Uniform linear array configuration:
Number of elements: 16
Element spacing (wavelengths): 1
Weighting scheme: hamming
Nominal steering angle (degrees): -60
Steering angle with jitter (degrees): -61.047
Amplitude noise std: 0.05
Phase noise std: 0.05

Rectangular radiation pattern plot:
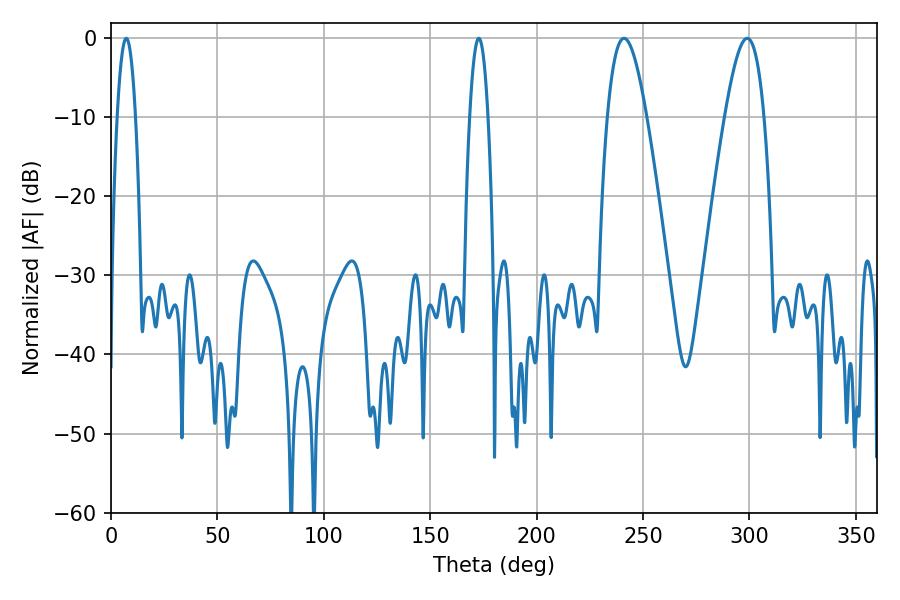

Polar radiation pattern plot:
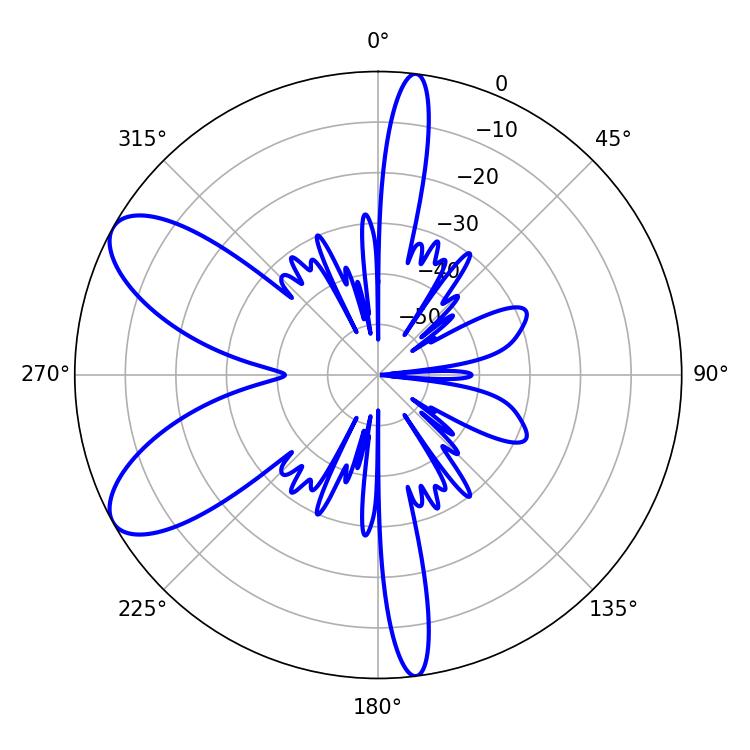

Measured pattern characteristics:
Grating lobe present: TRUE
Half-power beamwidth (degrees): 9.9
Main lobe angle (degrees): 241.02